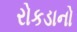
રોકડાનો